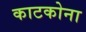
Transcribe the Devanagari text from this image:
काटकोना